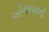
ખોજાપરાની